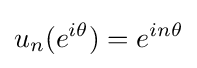
u_{n}(e^{i\theta })=e^{in\theta }